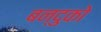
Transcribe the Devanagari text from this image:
बन्दुको